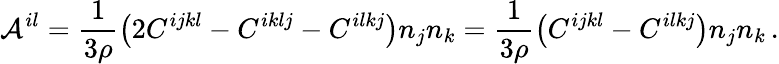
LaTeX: {\cal A}^{il}=\frac 1{3\rho}\left(2C^{ijkl}-C^{iklj}-C^{ilkj}\right)n_{j}n_{k}=\frac 1{3\rho}\left(C^{ijkl}-C^{ilkj}\right)n_{j}n_{k}\, .